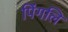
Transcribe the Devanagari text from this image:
पिंगलि